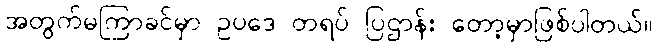
အတွက်မကြာခင်မှာ ဥပဒေ တရပ် ပြဌာန်း တော့မှာဖြစ်ပါတယ်။